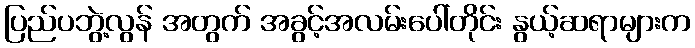
ပြည်ပဘွဲ့လွန် အတွက် အခွင့်အလမ်းပေါ်တိုင်း နွယ့်ဆရာများက